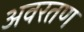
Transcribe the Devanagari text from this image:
अवरतण